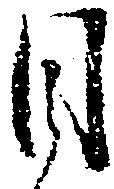
目